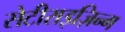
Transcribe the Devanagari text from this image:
सेटीराइज़िन्ग